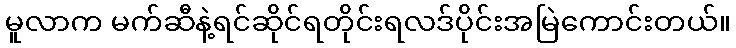
မူလာက မက်ဆီနဲ့ရင်ဆိုင်ရတိုင်းရလဒ်ပိုင်းအမြဲကောင်းတယ်။